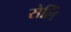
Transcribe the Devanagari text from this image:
सेलिं